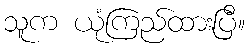
သူက ယုံကြည်ထားပြီ။